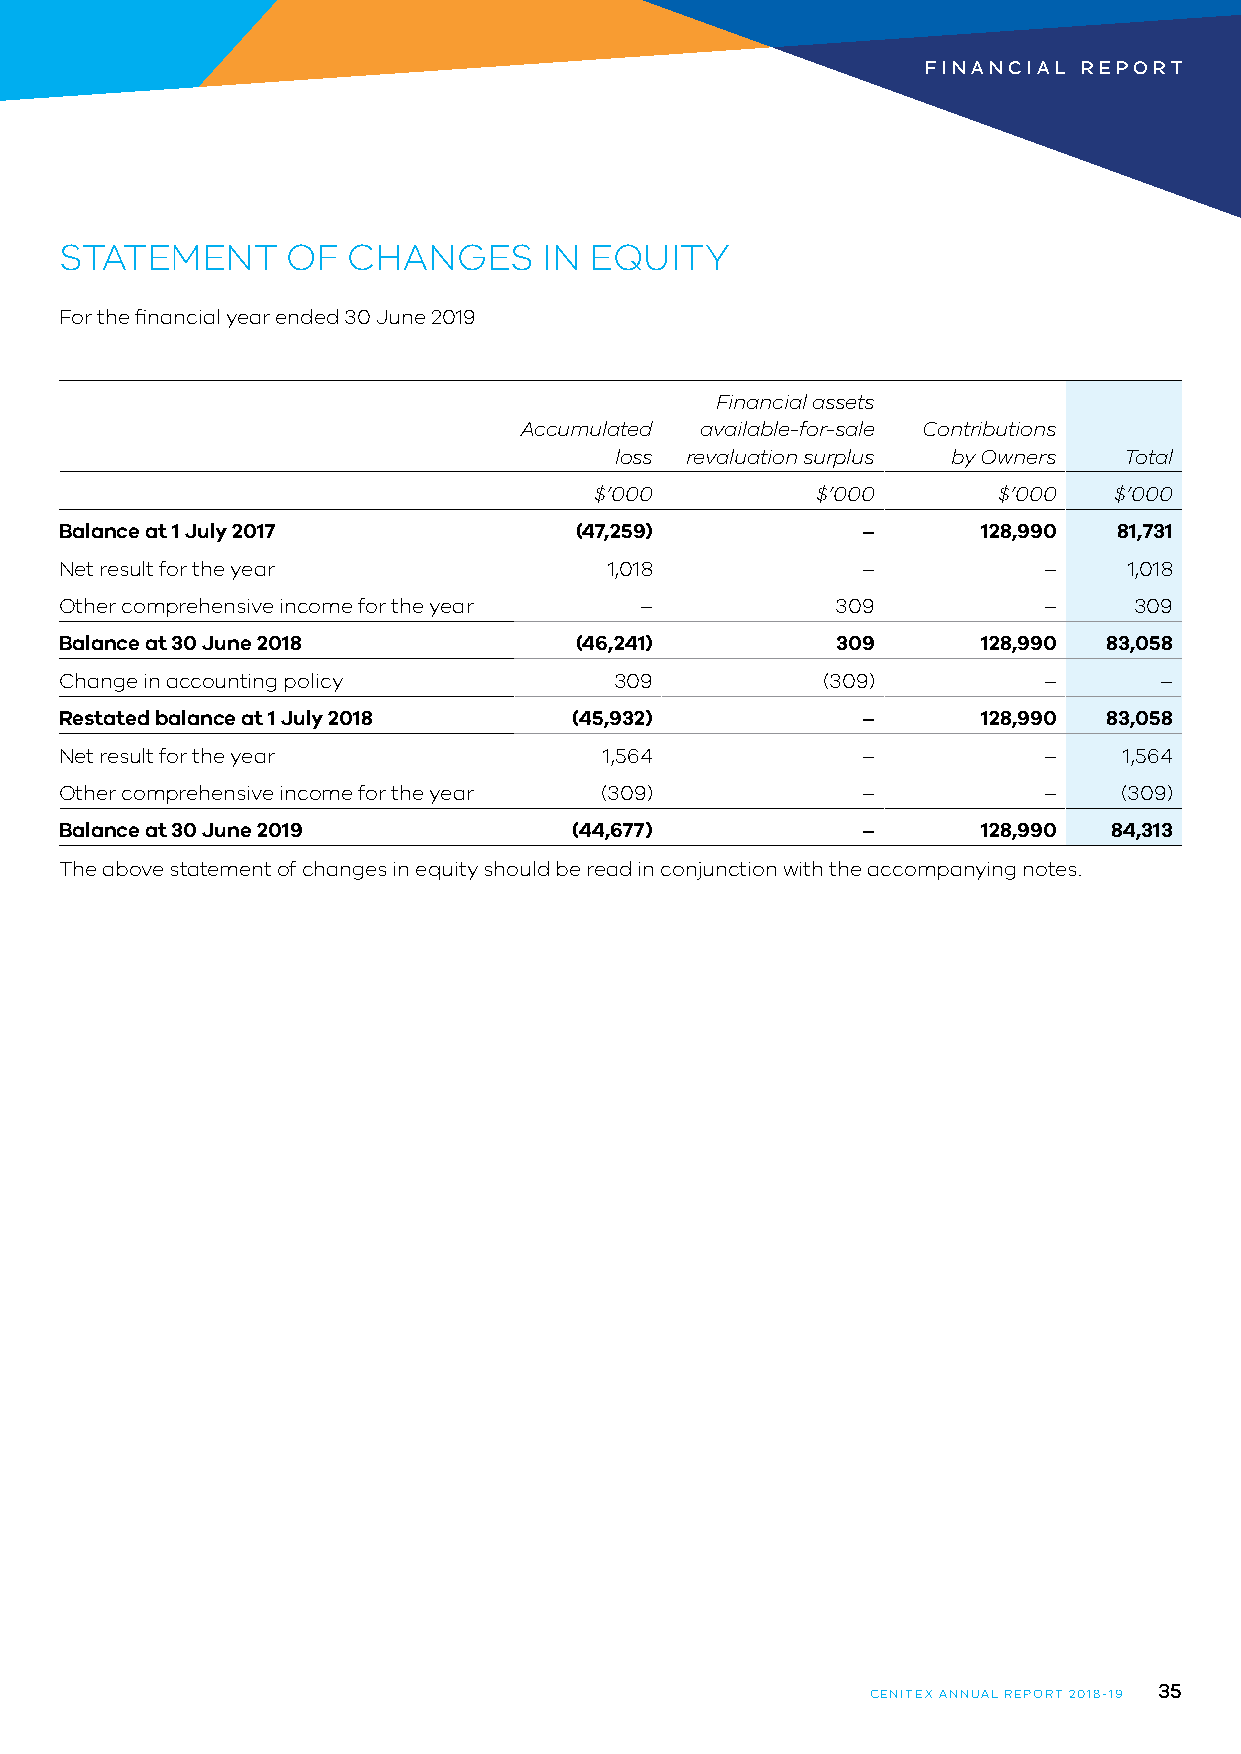
FINANCIAL  REPORT
 STATEMENT      OF  CHANGES      IN EQUITY
 For the financial year ended 30 June 2019
 Financial assets
 Accumulated available-for-sale Contributions
 loss revaluation surplus by Owners Total
 $’000          $’000       $’000   $’000
 Balance at 1 July 2017            (47,259)           –       128,990  81,731
 Net result for the year             1,018            –           –     1,018
 Other comprehensive income for the year –          309           –     309
 Balance at 30 June 2018           (46,241)         309       128,990 83,058
 Change in accounting policy          309          (309)          –       –
 Restated balance at 1 July 2018   (45,932)           –       128,990 83,058
 Net result for the year             1,564            –           –    1,564
 Other comprehensive income for the year (309)        –           –    (309)
 Balance at 30 June 2019           (44,677)           –       128,990 84,313
 The above statement of changes in equity should be read in conjunction with the accompanying notes.
 35
 CENITEX ANNUAL REPORT 2018-19